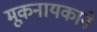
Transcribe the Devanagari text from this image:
मूकनायकाने